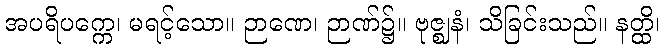
အပရိပက္ကေ၊ မရင့်သော။ ဉာဏေ၊ ဉာဏ်၌။ ဗုဇ္ဈနံ၊ သိခြင်းသည်။ နတ္ထိ၊